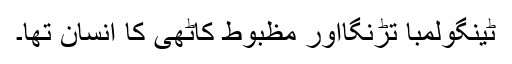
ٹینگولمبا تڑنگااور مظبوط کاٹھی کا انسان تھا۔